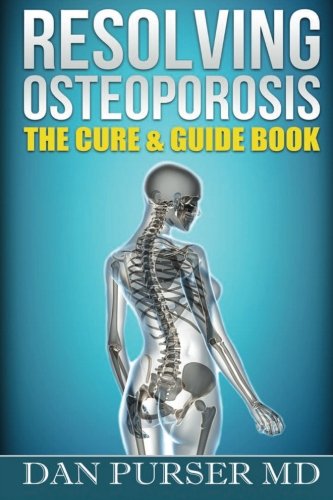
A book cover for Resolving Osteoporosis: The Cure & Guidebook; Dr. Dan Purser; Health, Fitness & Dieting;